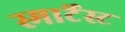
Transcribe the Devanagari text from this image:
स्मार्टेस्ट